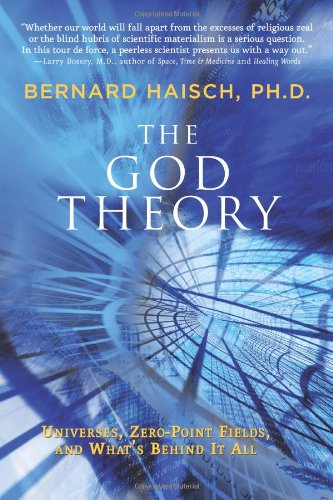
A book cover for The God Theory: Universes, Zero-point Fields, and What's Behind It All; Bernard Haisch; Religion & Spirituality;